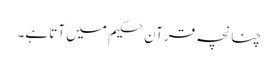
چنانچہ قرآن حکیم میں آتا ہے۔